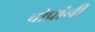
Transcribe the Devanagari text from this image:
चोप्रांनी